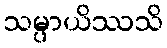
သမ္ပာယိဿသိ